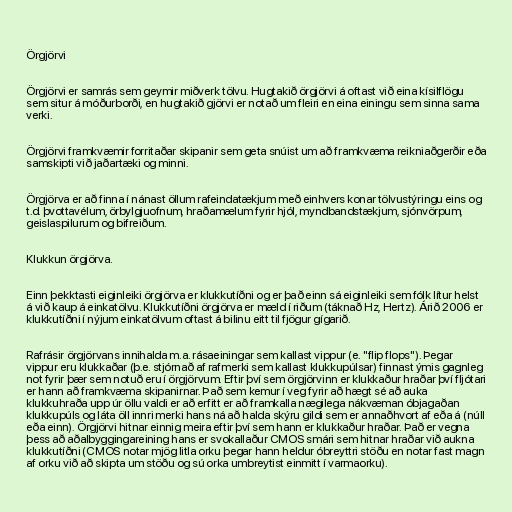
Örgjörvi

Örgjörvi er samrás sem geymir miðverk tölvu. Hugtakið örgjörvi á oftast við eina kísilflögu
sem situr á móðurborði, en hugtakið gjörvi er notað um fleiri en eina einingu sem sinna sama
verki.

Örgjörvi framkvæmir forritaðar skipanir sem geta snúist um að framkvæma reikniaðgerðir eða
samskipti við jaðartæki og minni.

Örgjörva er að finna í nánast öllum rafeindatækjum með einhvers konar tölvustýringu eins og
t.d. þvottavélum, örbylgjuofnum, hraðamælum fyrir hjól, myndbandstækjum, sjónvörpum,
geislaspilurum og bifreiðum.

Klukkun örgjörva.

Einn þekktasti eiginleiki örgjörva er klukkutíðni og er það einn sá eiginleiki sem fólk lítur helst
á við kaup á einkatölvu. Klukkutíðni örgjörva er mæld í riðum (táknað Hz, Hertz). Árið 2006 er
klukkutíðni í nýjum einkatölvum oftast á bilinu eitt til fjögur gígarið.

Rafrásir örgjörvans innihalda m.a. rásaeiningar sem kallast vippur (e. "flip flops"). Þegar
vippur eru klukkaðar (þ.e. stjórnað af rafmerki sem kallast klukkupúlsar) finnast ýmis gagnleg
not fyrir þær sem notuð eru í örgjörvum. Eftir því sem örgjörvinn er klukkaður hraðar því fljótari
er hann að framkvæma skipanirnar. Það sem kemur í veg fyrir að hægt sé að auka
klukkuhraða upp úr öllu valdi er að erfitt er að framkalla nægilega nákvæman óbjagaðan
klukkupúls og láta öll innri merki hans ná að halda skýru gildi sem er annaðhvort af eða á (núll
eða einn). Örgjörvi hitnar einnig meira eftir því sem hann er klukkaður hraðar. Það er vegna
þess að aðalbyggingareining hans er svokallaður CMOS smári sem hitnar hraðar við aukna
klukkutíðni (CMOS notar mjög litla orku þegar hann heldur óbreyttri stöðu en notar fast magn
af orku við að skipta um stöðu og sú orka umbreytist einmitt í varmaorku).